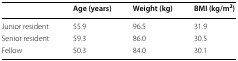
<table><thead><tr><td></td><td><b>Age (years)</b></td><td><b>Weight (kg)</b></td><td><b>BMI (kg/m<sup>2</sup>)</b></td></tr></thead><tbody><tr><td>Junior resident</td><td>55.9</td><td>96.5</td><td>31.9</td></tr><tr><td>Senior resident</td><td>59.3</td><td>86.0</td><td>30.5</td></tr><tr><td>Fellow</td><td>50.3</td><td>84.0</td><td>30.1</td></tr></tbody></table>